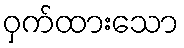
ဝှက်ထားသော